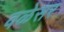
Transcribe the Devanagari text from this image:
वळेसर